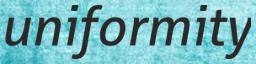
uniformity